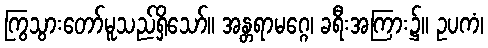
ကြွသွားတော်မူသည်ရှိသော်။ အန္တရာမဂ္ဂေ၊ ခရီးအကြား၌။ ဥပကံ၊